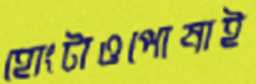
হোংটাওপোষাই